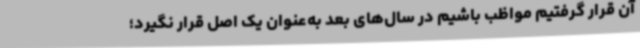
آن قرار گرفتیم مواظب باشیم در سال‌های بعد به‌عنوان یک اصل قرار نگیرد؛